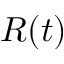
R ( t )